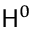
\mathsf { H } ^ { 0 }